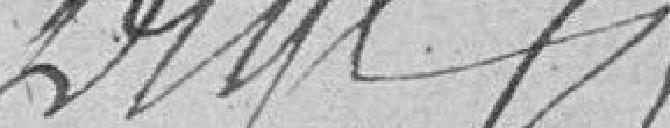
???????????